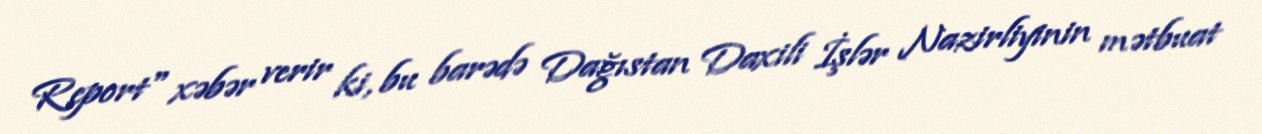
Report" xəbər verir ki, bu barədə Dağıstan Daxili İşlər Nazirliyinin mətbuat